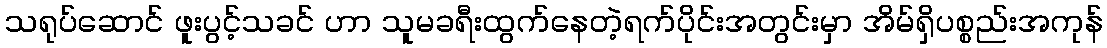
သရုပ်ဆောင် ဖူးပွင့်သခင် ဟာ သူမခရီးထွက်နေတဲ့ရက်ပိုင်းအတွင်းမှာ အိမ်ရှိပစ္စည်းအကုန်